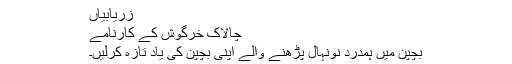
زریابیاں
چالاک خرگوش کے کارنامے
بچپن میں ہمدرد نونہال پڑھنے والے اپنی بچپن کی یاد تازہ کرلیں۔